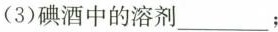
(3)碘酒中的溶剂___；